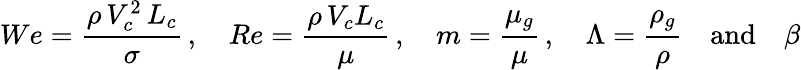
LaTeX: We=\frac{\rho\, V_{c}^{2}\, L_{c}}{\sigma}\, ,\quad Re=\frac{\rho\, V_{c}L_{c}}{\mu}\, ,\quad m=\frac{\mu_{g}}{\mu}\, ,\quad\Lambda=\frac{\rho_{g}}{\rho}\quad\mathrm{and}\quad\beta